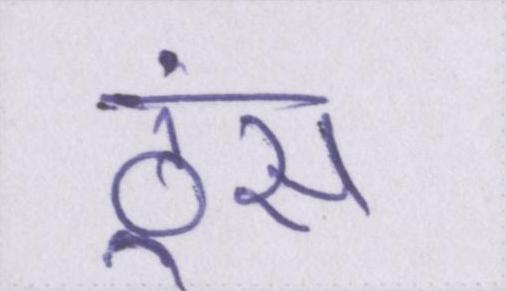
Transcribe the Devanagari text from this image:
ठूंस